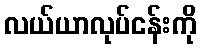
လယ်ယာလုပ်ငန်းကို